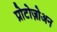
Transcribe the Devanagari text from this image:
प्रोटोज़ोअन